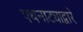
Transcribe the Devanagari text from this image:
पथनाट्याद्वारे